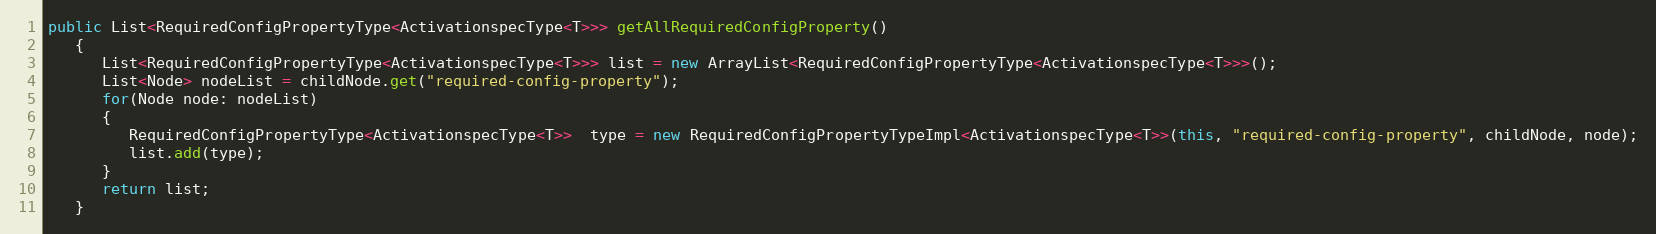
Language: Java
public List<RequiredConfigPropertyType<ActivationspecType<T>>> getAllRequiredConfigProperty()
   {
      List<RequiredConfigPropertyType<ActivationspecType<T>>> list = new ArrayList<RequiredConfigPropertyType<ActivationspecType<T>>>();
      List<Node> nodeList = childNode.get("required-config-property");
      for(Node node: nodeList)
      {
         RequiredConfigPropertyType<ActivationspecType<T>>  type = new RequiredConfigPropertyTypeImpl<ActivationspecType<T>>(this, "required-config-property", childNode, node);
         list.add(type);
      }
      return list;
   }